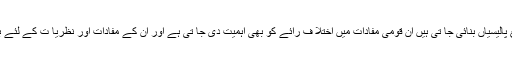
اور انہیں قومی مفادات کے تابع پالیسیاں بنائی جا تی ہیں اِن قومی مفادات میں اختلا ف رائے کو بھی اہمیت دی جا تی ہے اور ان کے مفادات اور نظریا ت کے لئے بھی گنجائش پیدا کی جا تی ہے۔